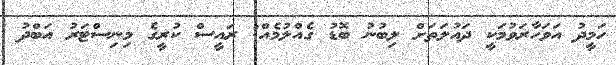
ހަމީދު އަވަހާރަވުމަކީ ދައުލަތަށް ލިބުނު ބޮޑު ގެއްލުމެއް: ރައީސް ކުރީގެ މިނިސްޓަރު އަބްދު